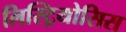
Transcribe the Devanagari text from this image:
लिस्ट्रियोसिस